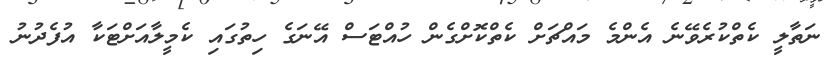
ނަތާލީ ކެތްކުރެވޭނެ އެންމެ މައްޗަށް ކެތްކޮށްގެން ހުއްޓަސް އޭނަގެ ހިތުގައި ކެމީލާއަށްޓަކާ އުފެދުނު